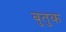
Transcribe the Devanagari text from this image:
बुतुक